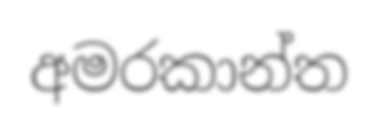
අමරකාන්ත